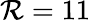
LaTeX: \mathcal{R}=11